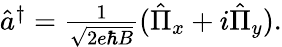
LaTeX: \begin{array}{r}{\hat{a}^{\dagger}=\frac{1}{\sqrt{2e\hbar B}}(\hat{\Pi}_{x}+i\hat{\Pi}_{y}).}\end{array}